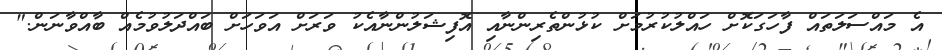
އެ މައްސަލަތައް ފާހަގަކޮށް ހައްލުކުރުމަށް ކުޅުންތެރިންނާއި އޮފިޝަލުންނާއެކު ވަރަށް އަވަހަށް ބައްދަލުވުމެއް ބާއްވާނަން."